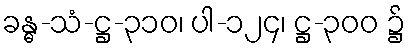
ခန္ဓ-သံ-ဋ္ဌ-၃၁၀၊ ပါ-၁၂၄၊ ဋ္ဌ-၃၀၀ ၌